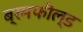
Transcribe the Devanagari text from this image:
ब्रमफील्ड